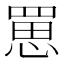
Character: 罳